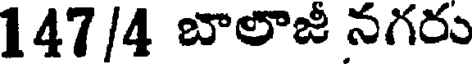
147/4 బాలాజీ నగరు